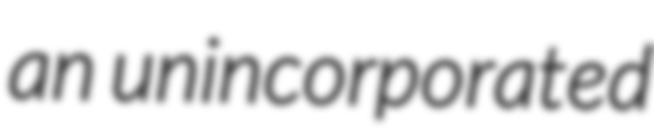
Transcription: an unincorporated